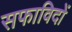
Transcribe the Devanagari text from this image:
सफाविदों